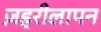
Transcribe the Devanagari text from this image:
ज़हरीलापन